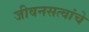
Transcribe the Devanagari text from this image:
जीवनसत्वांचे